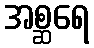
အစ္ဆရေ